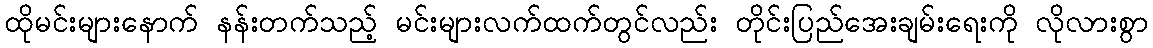
ထိုမင်းများနောက် နန်းတက်သည့် မင်းများလက်ထက်တွင်လည်း တိုင်းပြည်အေးချမ်းရေးကို လိုလားစွာ